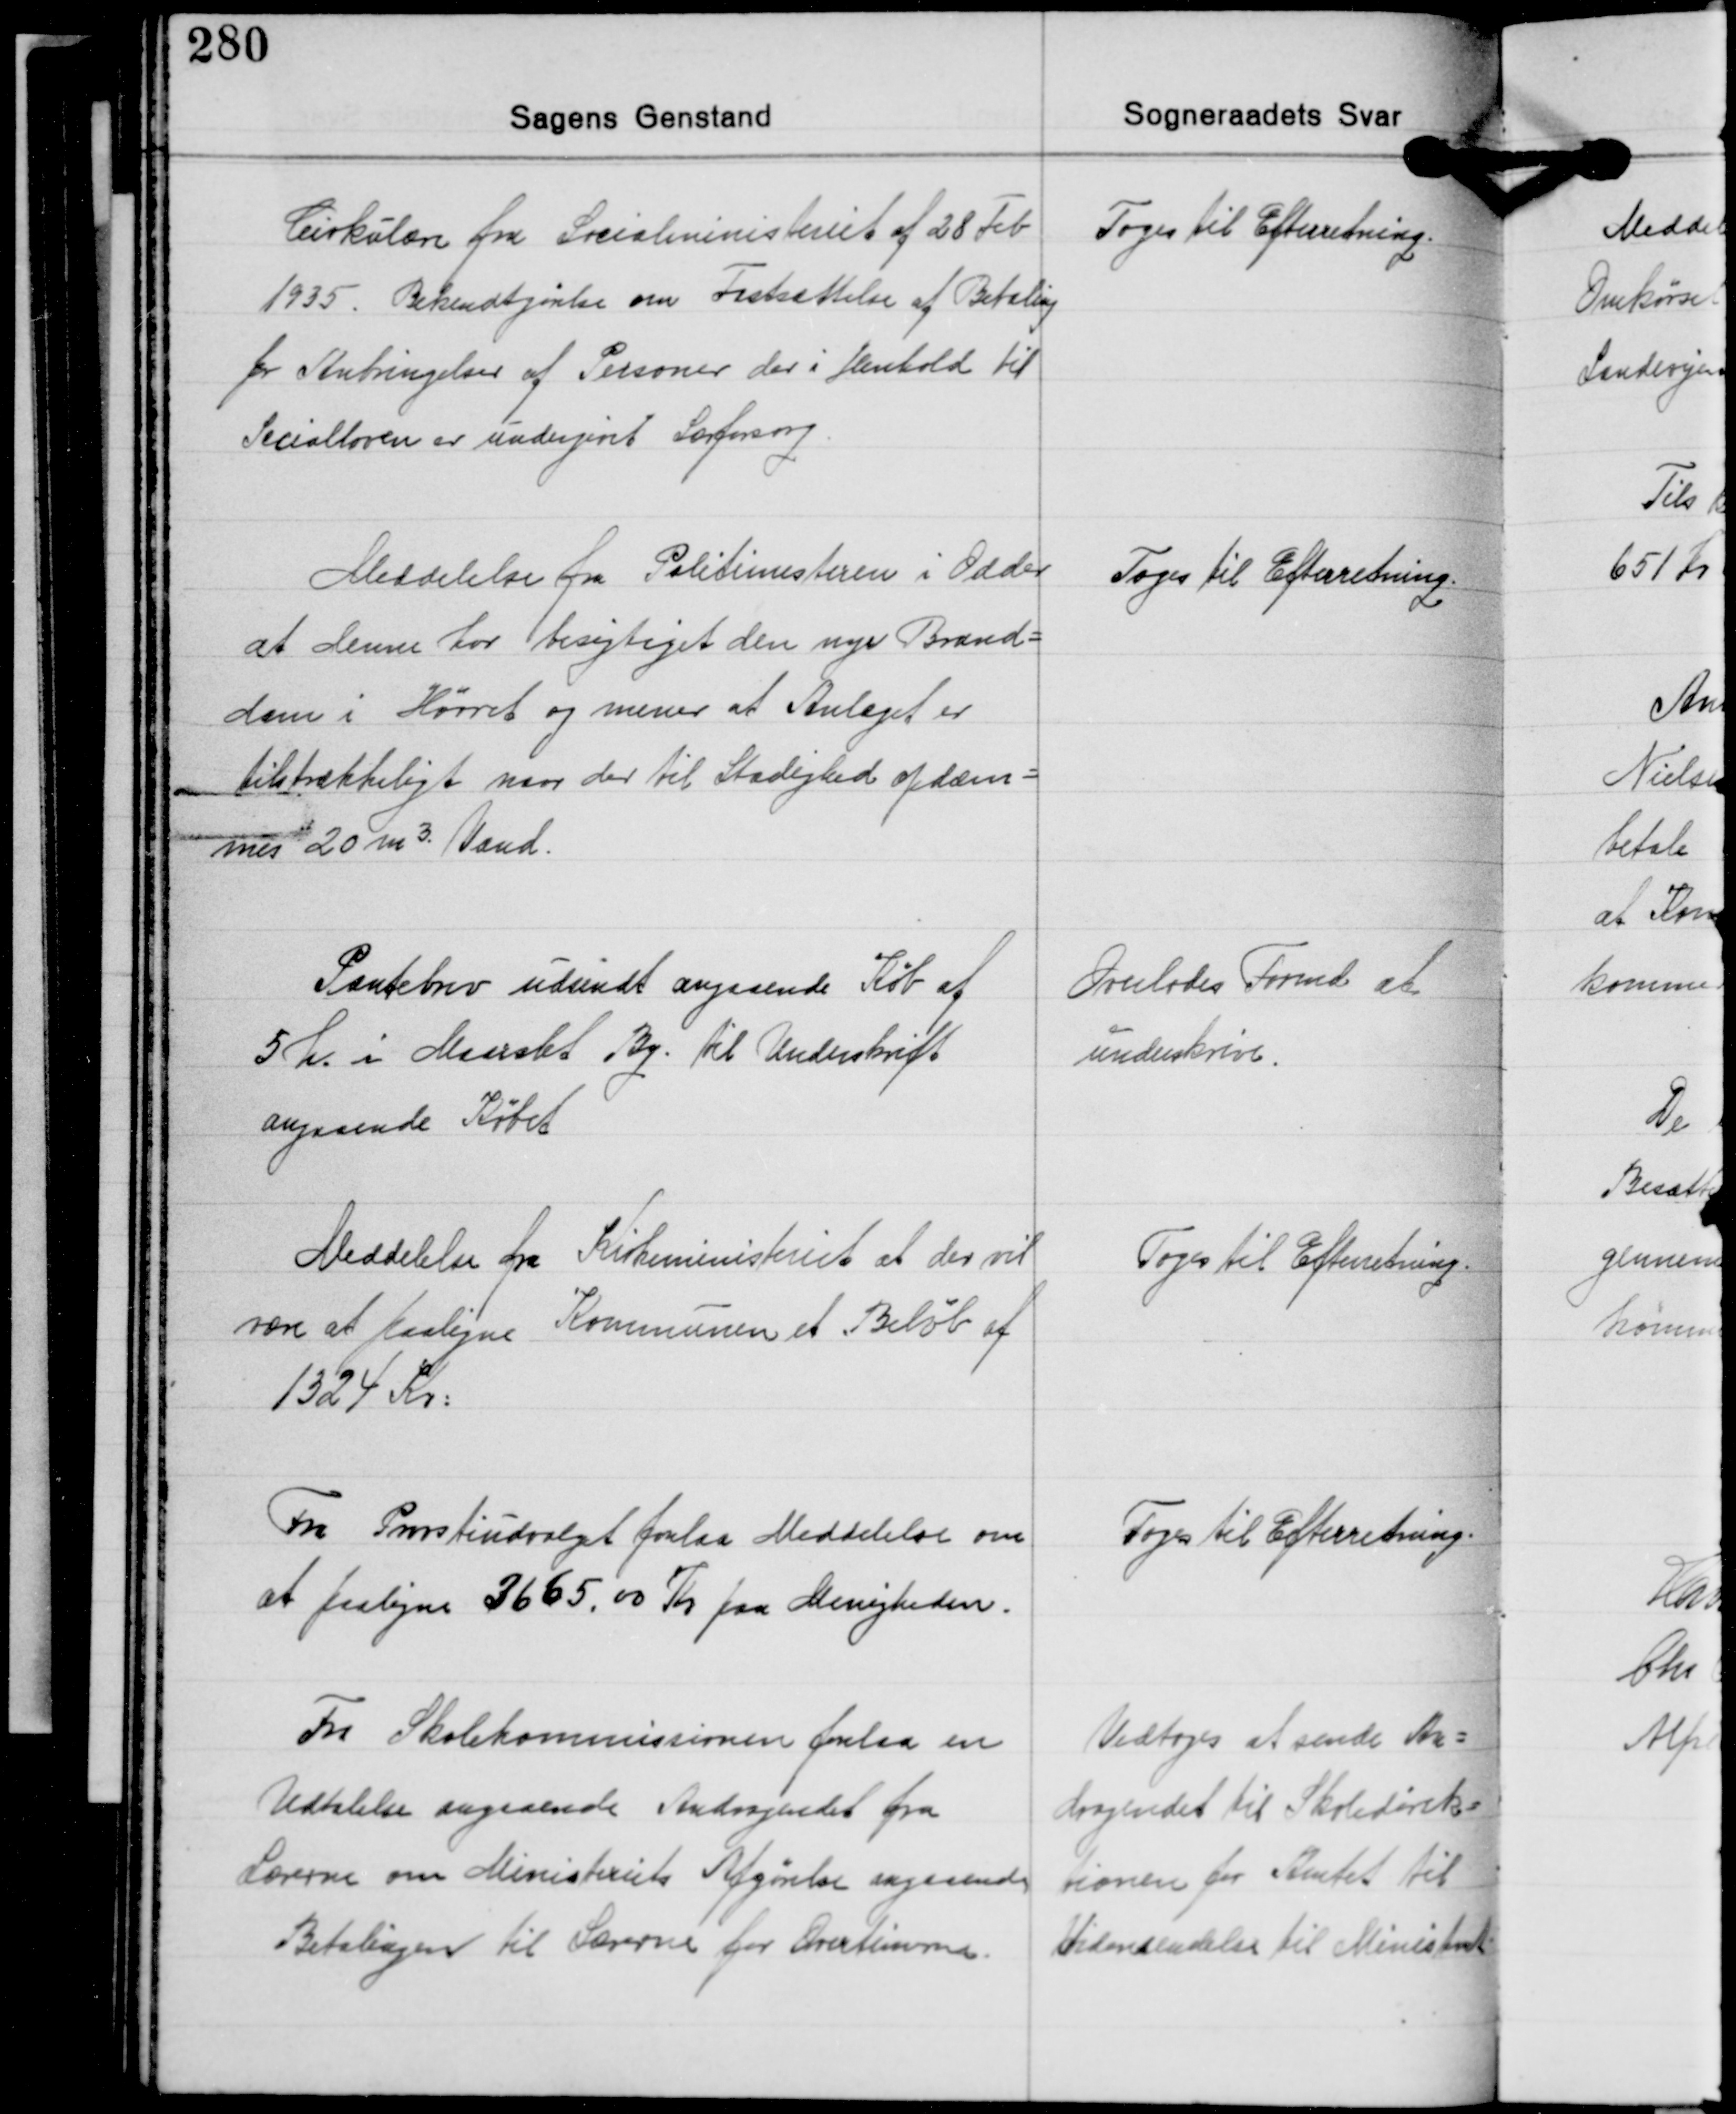
Transskription:
Cirkulære fra Socialministeriet af 28 Feb.
1935. Bekendtgørelse om Fastsættelse af Betaling
for Anbringelser af Personer der i Henhold til
Socialloven er undergivet Særforsorg.

Toges til Efterretning.

Meddelelse fra Politimesteren i Odder
at denne har besigtiget den nye Brand-
dam i Hørret og mener at Anlæget er
tilstrækkeligt naar der til Stadighed opdæm-
mes 20 m³ Vand.

Toges til Efterretning.

Pantebrev udsendt angaaende Køb af
5 h. i Maarslet By til Underskrift
angaaende Købet

Overlodes Formd. at
underskrive.

Meddelelse fra Kirkeministeriet at der vil
være at paaligne Kommunen et Beløb af
1324 Kr.

Toges til Efterretning

Fra Provstiudvalget forelaa Meddelelse om
at paaligne 3665,00 Kr. paa Menigheden.

Toges til Efterretning.

Fra Skolekommissionen forelaa en
Udtalele angaaende Andragendet fra
Lærerne om Ministeriets Afgørelse angaaende
Betalingen til Lærerne for Overtimerne.

Vedtoges at sende An-
dragendet til Skoledirek-
tionen for Amtet til
Videresendelse til Ministeriet